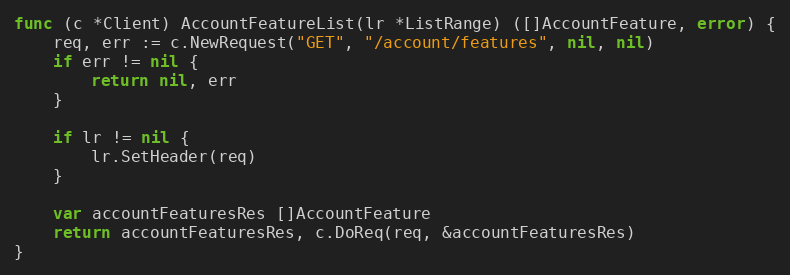
Language: Go
func (c *Client) AccountFeatureList(lr *ListRange) ([]AccountFeature, error) {
	req, err := c.NewRequest("GET", "/account/features", nil, nil)
	if err != nil {
		return nil, err
	}

	if lr != nil {
		lr.SetHeader(req)
	}

	var accountFeaturesRes []AccountFeature
	return accountFeaturesRes, c.DoReq(req, &accountFeaturesRes)
}